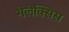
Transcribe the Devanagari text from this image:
गैलेक्सिस